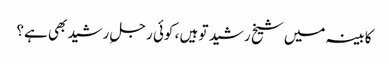
کابینہ میں شیخ رشید تو ہیں ، کوئی رجلِ رشید بھی ہے؟